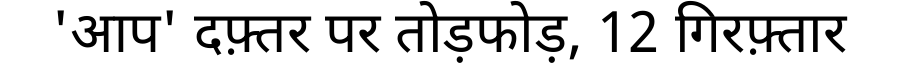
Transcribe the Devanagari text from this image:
'आप' दफ़्तर पर तोड़फोड़, 12 गिरफ़्तार